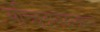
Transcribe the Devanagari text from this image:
सच्चिदानंदस्वरूपं